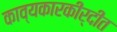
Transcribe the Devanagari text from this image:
काव्यकारकीर्दीत